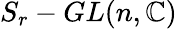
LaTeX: S_{r}-GL(n,\mathbb{C})